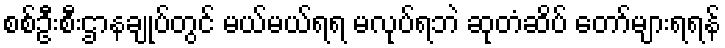
စစ်ဦးစီးဌာနချုပ်တွင် မယ်မယ်ရရ မလုပ်ရဘဲ ဆုတံဆိပ် တော်များရရန်